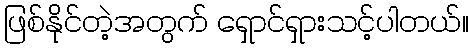
ဖြစ်နိုင်တဲ့အတွက် ရှောင်ရှားသင့်ပါတယ်။